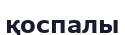
қоспалы